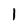
Character: 1